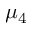
\mu _ { 4 }